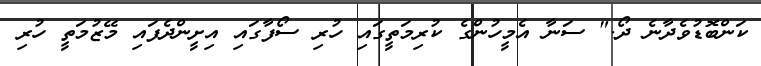
ކަންބޮޑުވެދާނެ ދޯ." ސަނާ އެމީހުންގެ ކުރިމަތީގައި ހުރި ސޯފާގައި އިށީންދެފައި މޭޒުމަތީ ހުރި